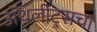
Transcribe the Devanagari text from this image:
ॲथलीट्सचा